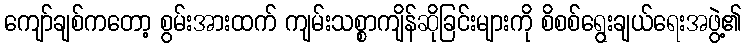
ကျော်ချစ်ကတော့ စွမ်းအားထက် ကျမ်းသစ္စာကျိန်ဆိုခြင်းများကို စိစစ်ရွေးချယ်ရေးအဖွဲ့၏